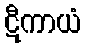
ဋီကာယံ